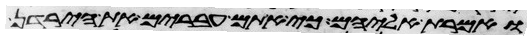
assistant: ואמרת אליהם כי אתם עברים את הירדן